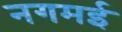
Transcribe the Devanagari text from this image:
नगमई